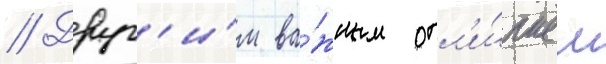
// Друг'и́м ва́жным отл'и́чием